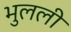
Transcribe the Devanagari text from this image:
भुलली